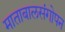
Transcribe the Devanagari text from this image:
माताबालसंगोपन